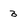
Character: 3